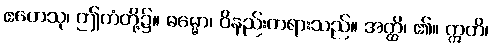
ဧတေသု၊ ဤကံတို့၌။ ဓမ္မော၊ ဝိနည်းတရားသည်။ အတ္ထိ၊ ၏။ ဣတိ၊